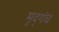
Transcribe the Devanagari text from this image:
मृद्‌गंध